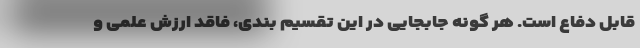
قابل دفاع است. هر گونه جابجایی در این تقسیم بندی، فاقد ارزش علمی و